Leaving Certificate Examination, 1905
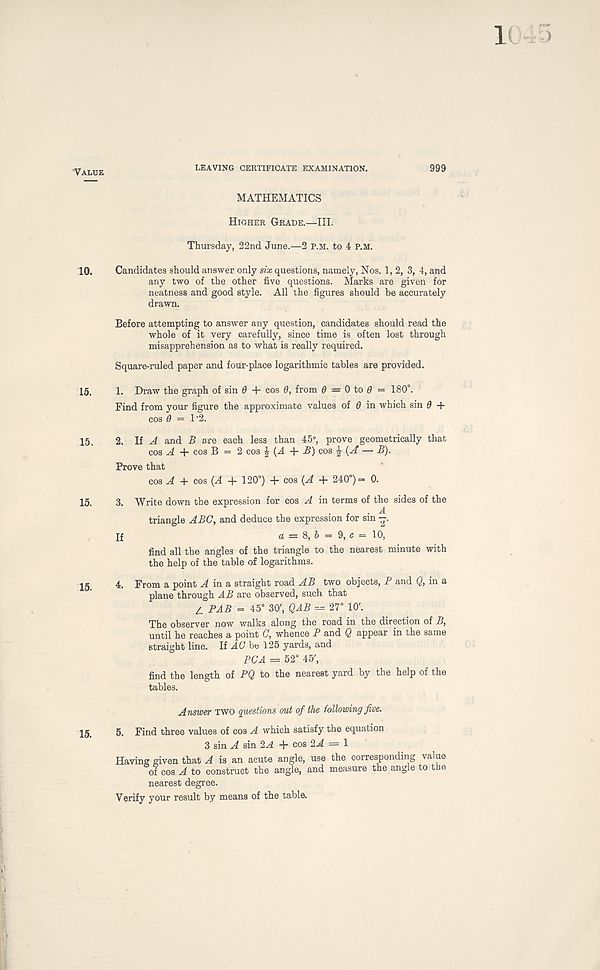
Value
LEAVING CERTIFICATE EXAMINATION.
MATHEMATICS
Higher Grade.—III.
Thursday, 22nd June.—2 p.m. to 4 P.M.
10. Candidates should answer only six questions, namely, Nos. 1, 2, 3, 4, and
any two of the other five questions. Marks are given for
neatness and good style. All the figures should be accurately
drawn.
Before attempting to answer any question, candidates should read the
whole of it very carefully, since time is often lost through
misapprehension as to what is really required.
Square-ruled paper and four-place logarithmic tables are provided.
15. 1. Draw the graph of sin 6 + cos 0, from 0 ■ ■ = 0 to 0 = 180°.
Find from your figure the approximate values of 0 in which sin 0 +
cos 0 = 1' 2.
15. 2. If A and B are each less than 45°, prove geometrically that
cos ^4 -f cos B = 2 cos J (A + £) cos | (A — B).
Prove that
cos A + cos (A + 120°) + cos (A + 240°)= 0.
15. 3. Write down the expression for cos A in terms of the sides of the
triangle ABC, and deduce the expression for sin —.
If
a = 8, 6 = 9, c = 10,
find all the angles of the triangle to the nearest minute with
the help of the table of logarithms.
15 4. From a point A in a straight road AB two objects, P and Q, in a
plane through AB are observed, such that
A PAB = 45° 30' , QAB = 27° 10' .
The observer now walks along the road in the direction of B,
until he reaches a point C, whence P and Q appear in the same
straight line. If A £7 be 125 yards, and
PC A = 52° 45' ,
find the length of PQ to the nearest yard by the help of the
tables.
Answer TWO questions out of the following five.
5. Find three values of cos A which satisfy the equation
3 sin A sin 2A + cos 2A = 1
Having given that A is an acute angle, use the corresponding value
of cos A to construct the angle, and measure the angle to the
nearest degree.
Verify your result by means of the table.